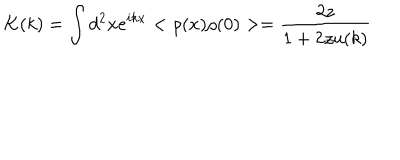
LaTeX: K ( k ) = \int d ^ { 2 } x e ^ { i k x } < \rho ( x ) \rho ( 0 ) > = \frac { 2 z } { 1 + 2 z u ( k ) }